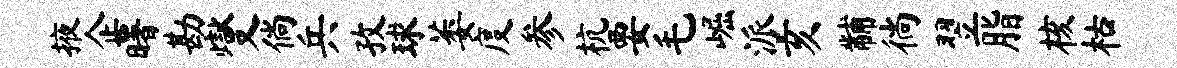
掖企曙勘燮倘兵孜球萎度参杭要毛崛派亥黼徜翌脂核枯